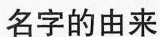
名字的由来